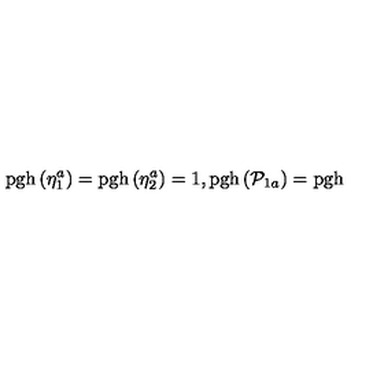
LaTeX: \mathrm { p g h } \left( \eta _ { 1 } ^ { a } \right) = \mathrm { p g h } \left( \eta _ { 2 } ^ { a } \right) = 1 , \mathrm { p g h } \left( \mathcal { P } _ { 1 a } \right) = \mathrm { p g h }